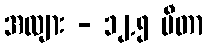
အလျား - ၁၂.၅ မီတာ